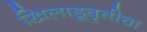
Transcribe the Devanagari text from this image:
खिलाडूवृत्तीचा